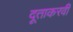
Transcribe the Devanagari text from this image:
दूताकरवी